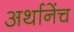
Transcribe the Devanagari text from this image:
अर्थानेंच